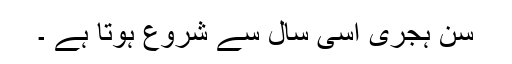
سن ہجری اسی سال سے شروع ہوتا ہے ۔